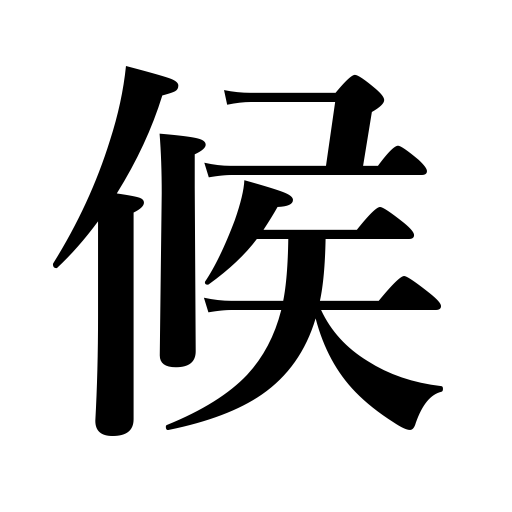
Meanings: season,classical verbal ending equivalent to colloquial,weather